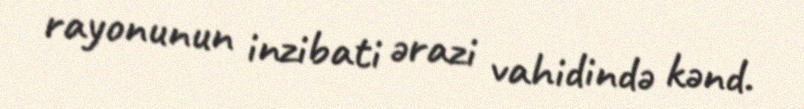
rayonunun inzibati ərazi vahidində kənd.